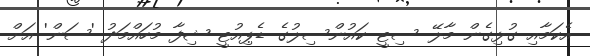
އެކަމާއި ގުޅިގެން މާލޭ ސިޓީ ކައުންސިލުގެ ޑެޕިއުޓީ ޝިފާ މުހައްމަދު 'ސަން' އަށް